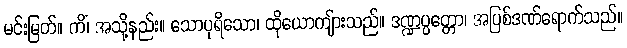
မင်းမြတ်။ ကိံ၊ အသို့နည်း။ သောပုရိသော၊ ထိုယောကျ်ားသည်။ ဒဏ္ဍပ္ပတ္တော၊ အပြစ်ဒဏ်ရောက်သည်။